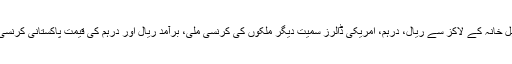
دوسری جانب تفتیش کے دوران اہل خانہ کے لاکز سے ریال، درہم، امریکی ڈالرز سمیت دیگر ملکوں کی کرنسی ملی، برآمد ریال اور درہم کی قیمت پاکستانی کرنسی میں 30 لاکھ سے زائد بنتی ہے۔